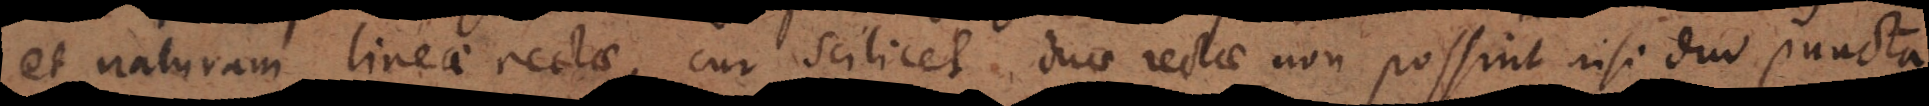
et naturam lineae rectae, cur scilicet duae rectae non possint duo puncta